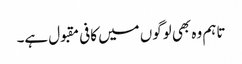
تاہم وہ بھی لوگوں میں کافی مقبول ہے۔